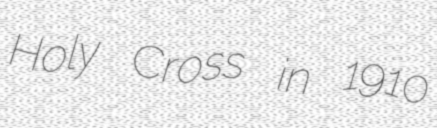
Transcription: Holy Cross in 1910